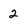
Character: 2